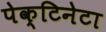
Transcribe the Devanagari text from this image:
पेक्टिनेटा